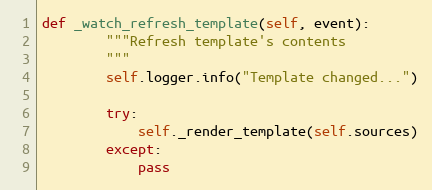
Language: Python
def _watch_refresh_template(self, event):
        """Refresh template's contents
        """
        self.logger.info("Template changed...")

        try:
            self._render_template(self.sources)
        except:
            pass